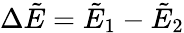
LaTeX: \Delta\tilde{E}=\tilde{E}_{1}-\tilde{E}_{2}